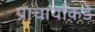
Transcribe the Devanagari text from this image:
प्राचार्यांकडे